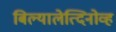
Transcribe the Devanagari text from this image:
बिल्यालेत्दिनोव्ह